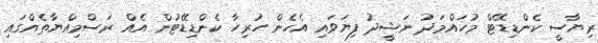
ރިޔާސީ ކެންޑިޑޭޓް މުހައްމަދު ނަޝީދު ފިޔަވައި އެހެން ހުރިހާ ކެންޑިޑޭޓުން އެއް ރަސްމިއްޔާތެއްގައި